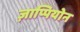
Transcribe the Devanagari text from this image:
ज़ाप्पियोन